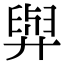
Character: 𦥸